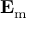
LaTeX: \mathbf { E } _ { \mathrm { m } }